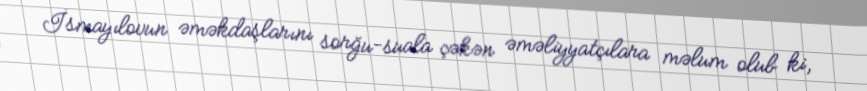
İsmayılovun əməkdaşlarını sorğu-suala çəkən əməliyyatçılara məlum olub ki,